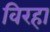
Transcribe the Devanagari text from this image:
विरहा